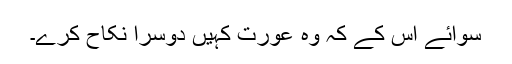
سوائے اس کے کہ وہ عورت کہیں دوسرا نکاح کرے۔